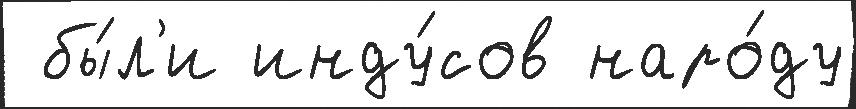
 бы́л'и инду́сов наро́ду